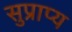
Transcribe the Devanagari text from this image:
सुप्राप्य